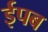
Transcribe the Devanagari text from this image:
ईपब